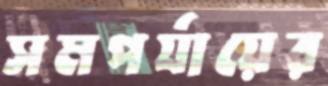
সমপর্যায়ের